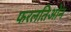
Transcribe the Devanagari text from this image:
फरलतिओन